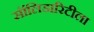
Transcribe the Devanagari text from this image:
सॉलिडारिटीला